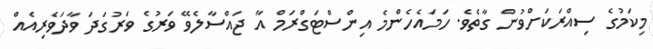
މިކަމުގެ ސިއްރަކަށްވުން ގާތެވެ. ހަމައެހެންމެ އިންސްޓަގްރަމް އާ ޖައްސާލެވޭ ވަރުގެ ވަރުގަދަ ވާދަވެރިއެއް